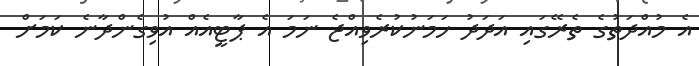
އެ މުއްދަތުގެ ތެރޭގައި އަދަދު ހަމަނުކުރެވިއްޖެ ނަމަ އެ ޕާޓީއެއް އުވިގެންދާނެ ކަމަށް